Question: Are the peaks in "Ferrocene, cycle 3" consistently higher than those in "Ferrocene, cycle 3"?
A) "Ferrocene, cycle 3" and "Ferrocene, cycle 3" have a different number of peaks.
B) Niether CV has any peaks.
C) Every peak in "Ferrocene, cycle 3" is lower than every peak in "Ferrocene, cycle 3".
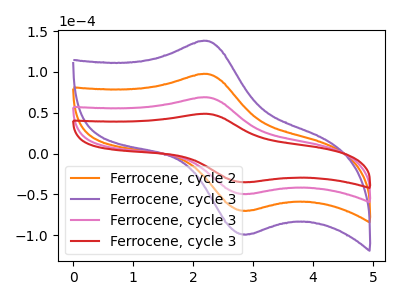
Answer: <think>The orange curve "Ferrocene, cycle 2" has an anodic peak at (2.20V, 138.00uA) and a cathodic peak at (2.90V, -98.70uA). The purple curve "Ferrocene, cycle 3" has an anodic peak at (2.20V, 206.95uA) and a cathodic peak at (2.90V, -148.00uA). The pink curve "Ferrocene, cycle 3" has an anodic peak at (2.20V, 69.00uA) and a cathodic peak at (2.90V, -49.35uA). The red curve "Ferrocene, cycle 3" has an anodic peak at (2.20V, 48.75uA) and a cathodic peak at (2.90V, -34.85uA).</think>
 <answer>C) Every peak in "Ferrocene, cycle 3" is lower than every peak in "Ferrocene, cycle 3".</answer>
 <eval>C</eval>